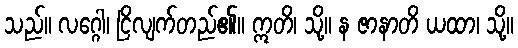
သည်။ လဂ္ဂေါ၊ ငြိလျက်တည်၏။ ဣတိ၊ သို့။ န ဇာနာတိ ယထာ၊ သို့။